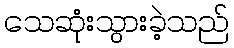
သေဆုံးသွားခဲ့သည်